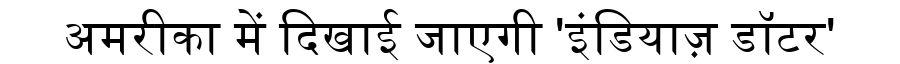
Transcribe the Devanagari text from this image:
अमरीका में दिखाई जाएगी 'इंडियाज़ डॉटर'